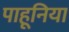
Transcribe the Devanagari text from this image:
पाहूनिया